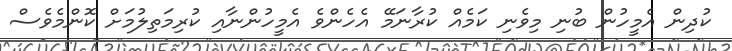
ކުދިން އެމީހުން ބުނި މިވެނި ކަމެއް ކުރާނަމޭ އެހެންވެ އެމީހުންނާއި ކުރިމަތިލުމަށް ކޮންމެވެސް